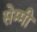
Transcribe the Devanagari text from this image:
सेम्मी